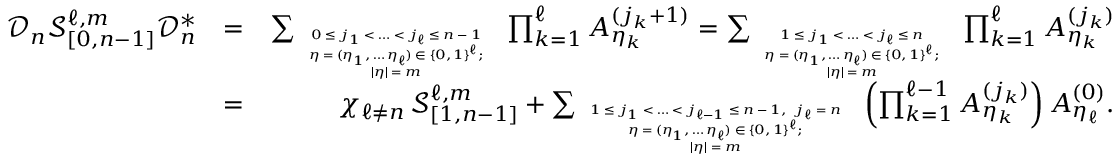
\begin{array} { r l r } { \mathcal { D } _ { n } \mathcal { S } _ { [ 0 , n - 1 ] } ^ { \ell , m } \mathcal { D } _ { n } ^ { * } } & { = } & { \sum _ { \tiny \begin{array} { c } { 0 \leq j _ { 1 } < \ldots < j _ { \ell } \leq n - 1 } \\ { \eta = ( \eta _ { 1 } , \ldots \eta _ { \ell } ) \in \{ 0 , 1 \} ^ { \ell } ; } \\ { | \eta | = m } \end{array} } \, \prod _ { k = 1 } ^ { \ell } A _ { \eta _ { k } } ^ { ( j _ { k } + 1 ) } = \sum _ { \tiny \begin{array} { c } { 1 \leq j _ { 1 } < \ldots < j _ { \ell } \leq n } \\ { \eta = ( \eta _ { 1 } , \ldots \eta _ { \ell } ) \in \{ 0 , 1 \} ^ { \ell } ; } \\ { | \eta | = m } \end{array} } \, \prod _ { k = 1 } ^ { \ell } A _ { \eta _ { k } } ^ { ( j _ { k } ) } } \\ & { = } & { \chi _ { \ell \neq n } \, \mathcal { S } _ { [ 1 , n - 1 ] } ^ { \ell , m } + \sum _ { \tiny \begin{array} { c } { 1 \leq j _ { 1 } < \ldots < j _ { \ell - 1 } \leq n - 1 , \ j _ { \ell } = n } \\ { \eta = ( \eta _ { 1 } , \ldots \eta _ { \ell } ) \in \{ 0 , 1 \} ^ { \ell } ; } \\ { | \eta | = m } \end{array} } \, \left( \prod _ { k = 1 } ^ { \ell - 1 } A _ { \eta _ { k } } ^ { ( j _ { k } ) } \right) A _ { \eta _ { \ell } } ^ { ( 0 ) } . } \end{array}